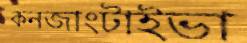
কনজাংটাইভা